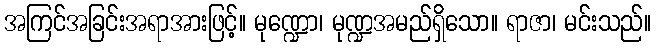
အကြင်အခြင်းအရာအားဖြင့်။ မုဏ္ဍော၊ မုဏ္ဍအမည်ရှိသော။ ရာဇာ၊ မင်းသည်။